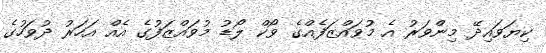
ކިޔަވައިދޭ މިންވަރު އެ މުވައްޒަފެއްގެ ވޯކް ލޯޑު މުވައްޒަފުގެ އެއް އަހަރު ދުވަހުގެ